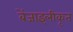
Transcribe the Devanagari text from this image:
बेंजाइलीकृत